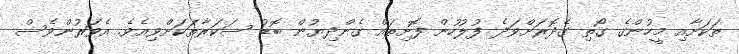
ތަކަށާއި މީހުންގެ ގޯތި ގެދޮރަށްވަދެ ފުލުހުން ފޮށިތައް ގެންދިޔުން ބޮޑު ސަކަރާތަކަށްވިއެވެ. އެވަރުންވެސް